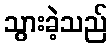
သွားခဲ့သည်